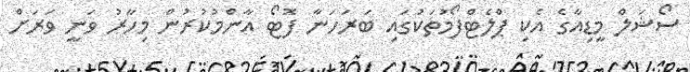
ސޯޝަލް މީޑިއާގެ އެކި ޕްލެޓްފޯމުތަކުގައި ބަރަހަނާ ފޮޓޯ އާންމުކުރުން މިހާރު ވަނީ ވަރަށް